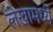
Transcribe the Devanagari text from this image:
लेखामध्येे